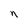
Character: n